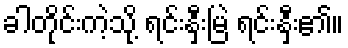
ခါတိုင်းကဲ့သို့ ရင်းနှီးမြဲ ရင်းနှီး၏။